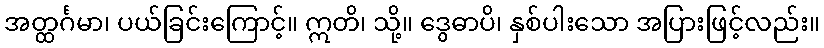
အတ္ထင်္ဂမာ၊ ပယ်ခြင်းကြောင့်။ ဣတိ၊ သို့။ ဒွေဓာပိ၊ နှစ်ပါးသော အပြားဖြင့်လည်း။